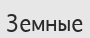
Земные